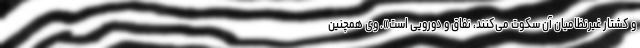
و کشتار غیرنظامیان آن سکوت می‌کنند، نفاق و دورویی است». وی همچنین